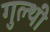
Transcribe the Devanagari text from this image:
गुल्थी